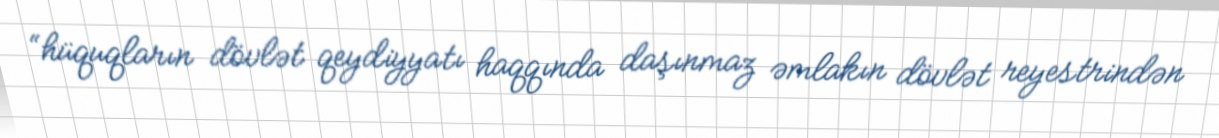
“hüquqların dövlət qeydiyyatı haqqında daşınmaz əmlakın dövlət reyestrindən